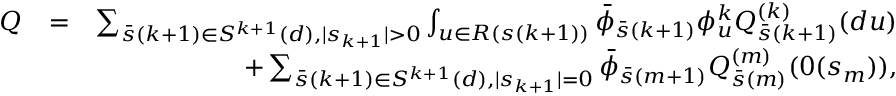
\begin{array} { r l r } { Q } & { = } & { \sum _ { \bar { s } ( k + 1 ) \in { \cal S } ^ { k + 1 } ( d ) , \mid s _ { k + 1 } \mid > 0 } \int _ { u \in { \cal R } ( { s } ( k + 1 ) ) } \bar { \phi } _ { \bar { s } ( k + 1 ) } \phi _ { u } ^ { k } Q _ { \bar { s } ( k + 1 ) } ^ { ( k ) } ( d u ) } \\ & { } & { + \sum _ { \bar { s } ( k + 1 ) \in { \cal S } ^ { k + 1 } ( d ) , \mid s _ { k + 1 } \mid = 0 } \bar { \phi } _ { \bar { s } ( m + 1 ) } Q _ { \bar { s } ( m ) } ^ { ( m ) } ( 0 ( s _ { m } ) ) , } \end{array}